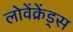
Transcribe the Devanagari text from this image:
लोवेंक्रेंड्स